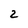
Character: 2